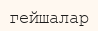
гейшалар